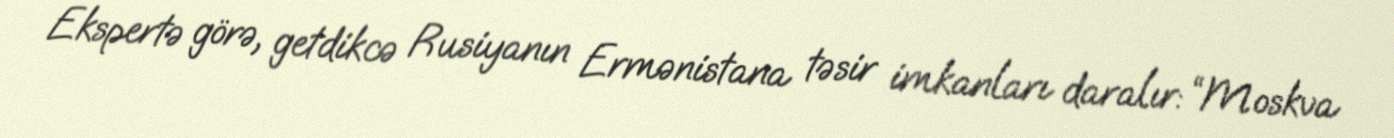
Ekspertə görə, getdikcə Rusiyanın Ermənistana təsir imkanları daralır: “Moskva